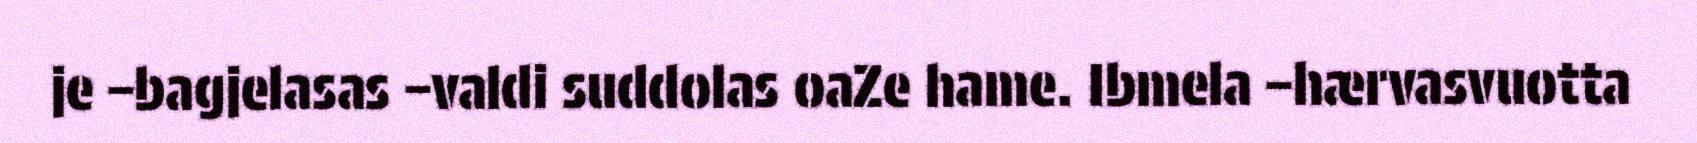
je –bagjelasas –valdi suddolas oaZe hame. Ibmela –hærvasvuotta